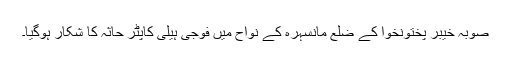
صوبہ خیبر پختونخوا کے ضلع مانسہرہ کے نواح میں فوجی ہیلی کاپٹر حاثہ کا شکار ہوگیا۔